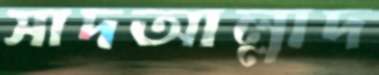
সাদআল্লাদ